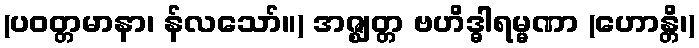
(ပဝတ္တမာနာ၊ န်လသော်။) အဇ္ဈတ္တ ဗဟိဒ္ဓါရမ္မဏာ (ဟောန္တိ၊)